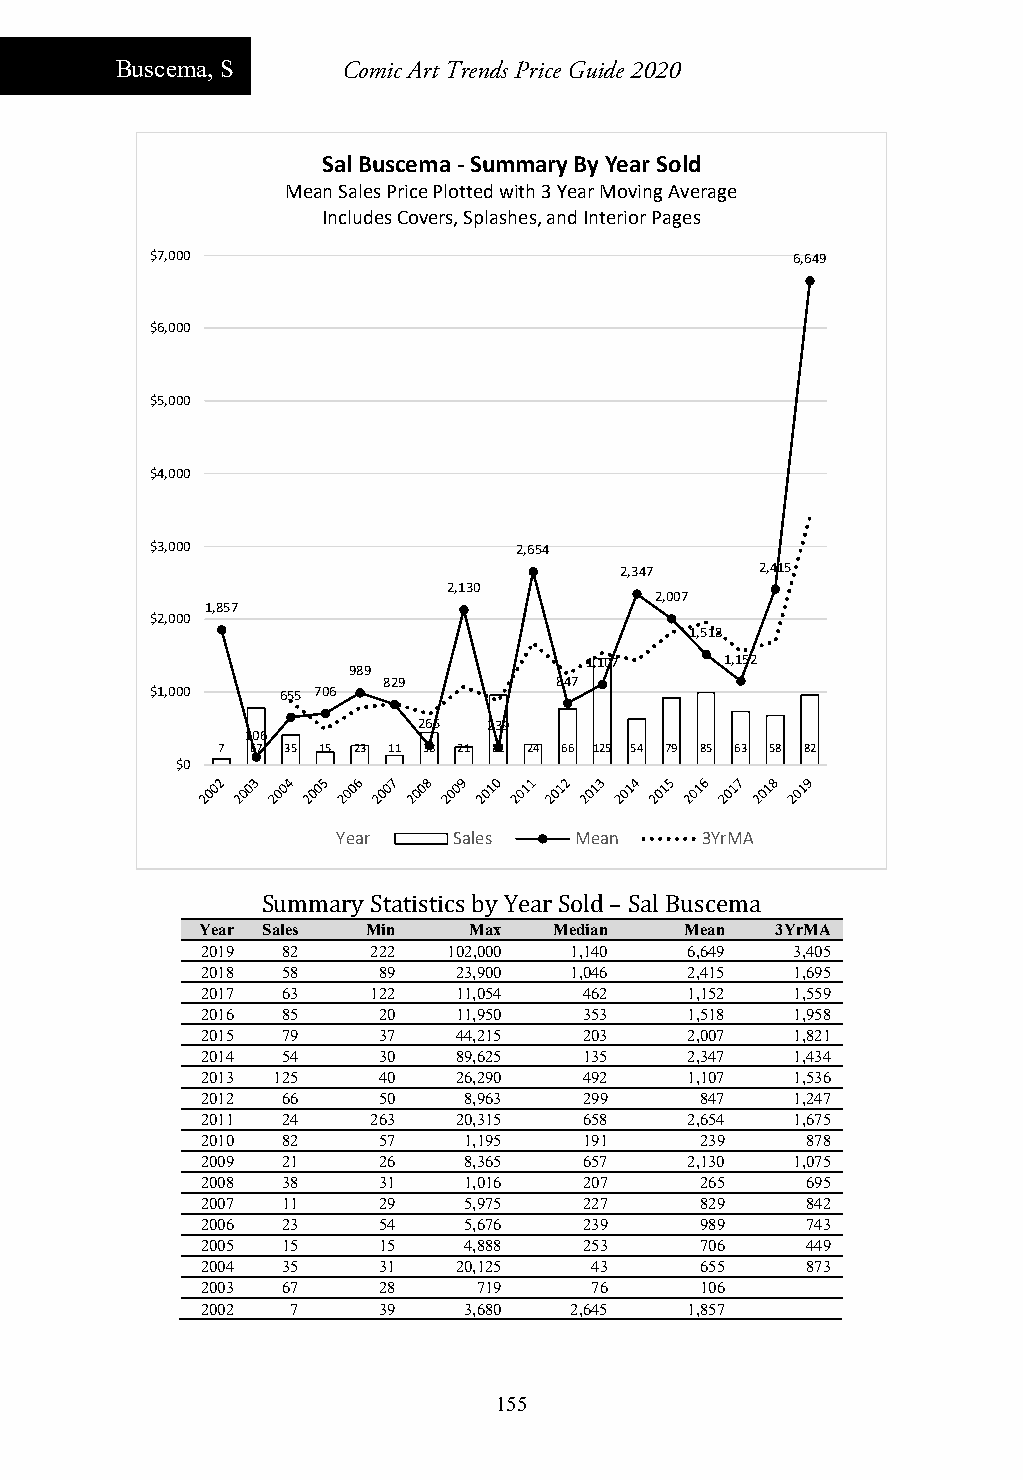
Buscema, S     Comic Art Trends Price Guide 2020
 Sal Buscema ‐Summary By Year Sold
 Mean Sales Price Plotted with 3 Year Moving Average
 Includes Covers, Splashes, and Interior Pages
 $7,000                                     6,649
 $6,000
 $5,000
 $4,000
 $3,000                  2,654
 2,347    2,415
 2,130
 2,007
 1,857
 $2,000
 1,518
 1,107    1,152
 989
 829         847
 $1,000   655 706
 265 239
 106
 7  67 35 15 23 11 38 21 82 24 66 125 54 79 85 63 58 82
 $0
 Year    Sales   Mean    3YrMA
 Summary Statistics by Year Sold – Sal Buscema
 Year Sales Min    Max   Median  Mean  3YrMA
 2019  82    222  102,000 1,140  6,649   3,405
 2018  58    89   23,900  1,046  2,415   1,695
 2017  63    122  11,054   462   1,152   1,559
 2016  85    20   11,950   353   1,518   1,958
 2015  79    37   44,215   203   2,007   1,821
 2014  54    30   89,625   135   2,347   1,434
 2013 125    40   26,290   492   1,107   1,536
 2012  66    50    8,963   299    847    1,247
 2011  24    263  20,315   658   2,654   1,675
 2010  82    57    1,195   191    239    878
 2009  21    26    8,365   657   2,130   1,075
 2008  38    31    1,016   207    265    695
 2007  11    29    5,975   227    829    842
 2006  23    54    5,676   239    989    743
 2005  15    15    4,888   253    706    449
 2004  35    31   20,125   43     655    873
 2003  67    28     719    76     106
 2002  7     39    3,680  2,645  1,857
 155